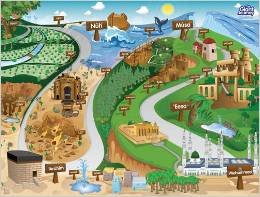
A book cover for Giant Journey Poster; Zaheer Khatri; Children's Books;